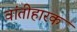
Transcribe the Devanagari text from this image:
वांतीहारक